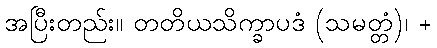
အပြီးတည်း။ တတိယသိက္ခာပဒံ (သမတ္တံ)၊ +